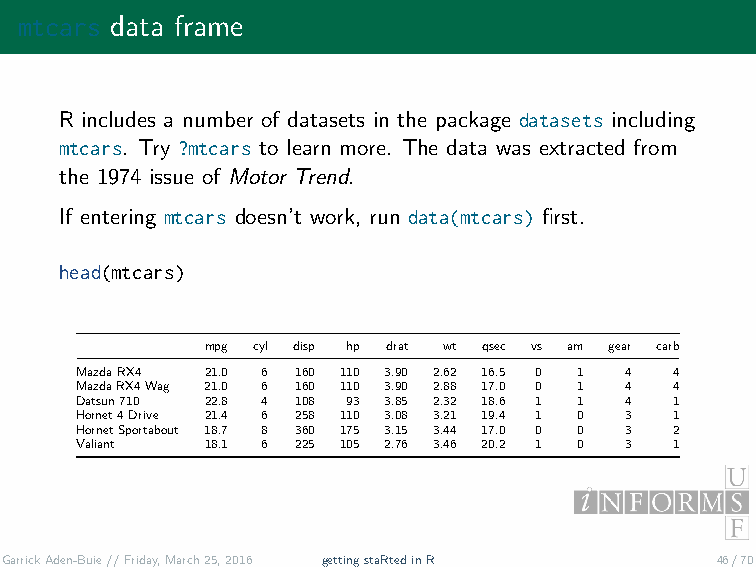
mtcars data frame
 R includes a number of datasets in the package datasets including
 mtcars. Try ?mtcars to learn more. The data was extracted from
 the 1974 issue of Motor Trend.
 If entering mtcars doesn’t work, run data(mtcars) first.
 head(mtcars)
 mpg cyl disp hp drat wt qsec vs am gear carb
 MazdaRX4 21.0 6 160 110 3.90 2.62 16.5 0 1 4 4
 MazdaRX4Wag 21.0 6 160 110 3.90 2.88 17.0 0 1 4 4
 Datsun710 22.8 4 108 93 3.85 2.32 18.6 1 1 4 1
 Hornet4Drive 21.4 6 258 110 3.08 3.21 19.4 1 0 3 1
 HornetSportabout 18.7 8 360 175 3.15 3.44 17.0 0 0 3 2
 Valiant  18.1 6 225 105 2.76 3.46 20.2 1 0 3 1
 GarrickAden-Buie//Friday,March25,2016 gettingstaRtedinR 46/70